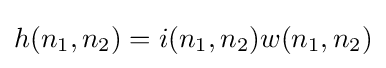
h(n_{1},n_{2})=i(n_{1},n_{2})w(n_{1},n_{2})